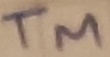
Text: TM